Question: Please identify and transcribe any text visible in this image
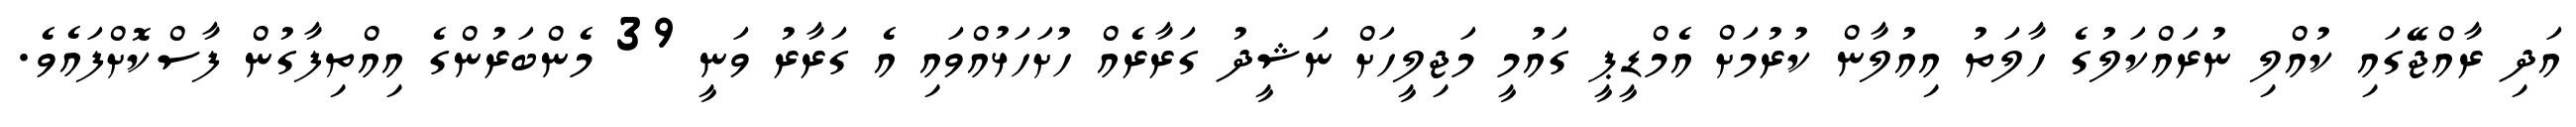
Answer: އަދި ރާއްޖޭގައި ކުއްލި ނުރައްކަލުގެ ހާލަތު އިއުލާން ކުރުމަށް އެމްޑީޕީ ގައުމީ މަޖިލީހަށް ނަޝީދު ގަރާރެއް ހުށަހަޅުއްވައި އެ ގަރާރު ވަނީ 39 މެންބަރުންގެ އިއްތިފާގުން ފާސްކޮށްފައެވެ.